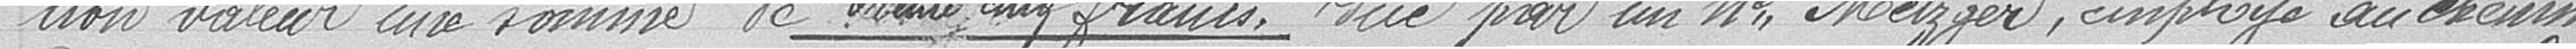
non valeur une somme de trente cinq francs due par un   Metzger, employé au chemin